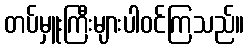
တပ်မှူးကြီးများပါဝင်ကြသည်။